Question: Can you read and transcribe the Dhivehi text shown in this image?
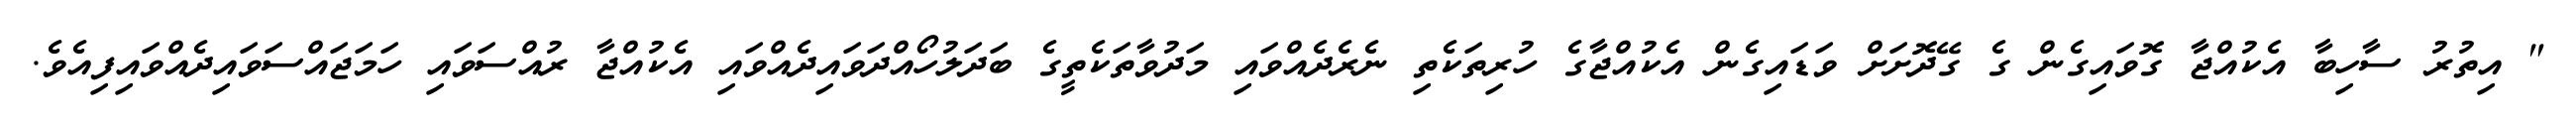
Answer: " އިތުރު ސާހިބާ އެކުއްޖާ ގޮވައިގެން ގެ ގޭދޮށަށް ވަޑައިގެން އެކުއްޖާގެ ހުރިތަކެތި ނެރެދެއްވައި މަދުވާތަކެތީގެ ބަދަލުހޯއްދަވައިދެއްވައި އެކުއްޖާ ރުއްސަވައި ހަމަޖައްސަވައިދެއްވައިފިއެވެ.